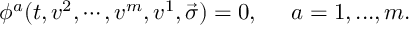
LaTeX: \phi ^ { a } ( t , v ^ { 2 } , \cdots , v ^ { m } , v ^ { 1 } , \vec { \sigma } ) = 0 , \; \; \; \; \; a = 1 , . . . , m .